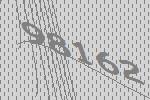
98162